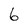
Character: 6